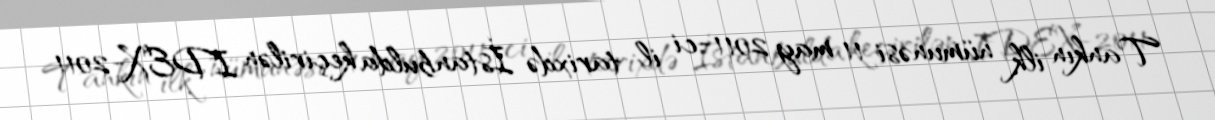
Tankın ilk nümunəsi 11 may 2011-ci il tarixdə İstanbulda keçirilən IDEX-2011